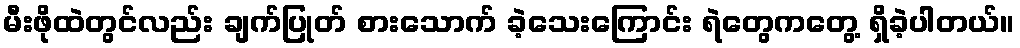
မီးဖိုထဲတွင်လည်း ချက်ပြုတ် စားသောက် ခဲ့သေးကြောင်း ရဲတွေကတွေ့ ရှိခဲ့ပါတယ်။